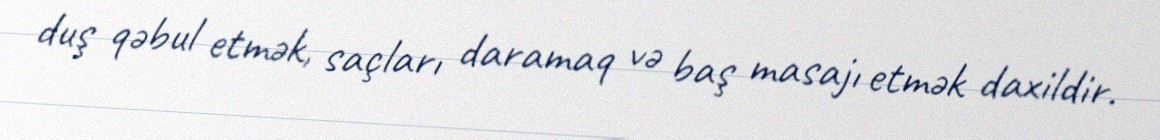
duş qəbul etmək, saçları daramaq və baş masajı etmək daxildir.